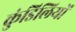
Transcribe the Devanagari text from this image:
कुंडिलियों